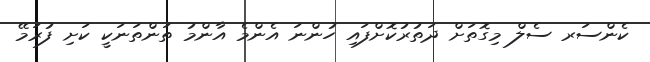
ކެންސަރ ސެލް މިގޮތަށް ދަތުރުކޮށްފައި ހުންނަ އެންމެ އާންމު ތަންތަނަކީ ކަށި ފުރަމޭ